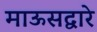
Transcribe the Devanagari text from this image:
माऊसद्वारे